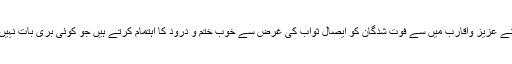
اپنے عزیز واقارب میں سے فوت شدگان کو ایصال ثواب کی غرض سے خوب ختم و درود کا اہتمام کرتے ہیں جو کوئی بری بات نہیں ۔